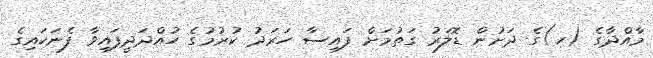
މާއްދާގެ (ހ)ގެ ދަށުން ޑޮލަރު ގަތުމަށް ފައިސާ ހަރަދު ކުރުމުގެ ހުއްދަދީފައިވާ ފެނަކައިގެ